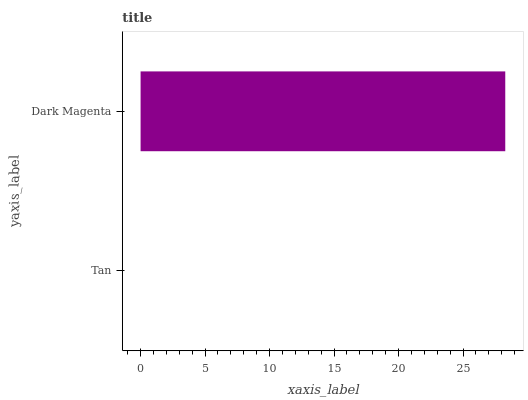
| yaxis_label | bars |
 | --- | --- |
 | Tan | 0 |
 | Dark Magenta | 28.3 |